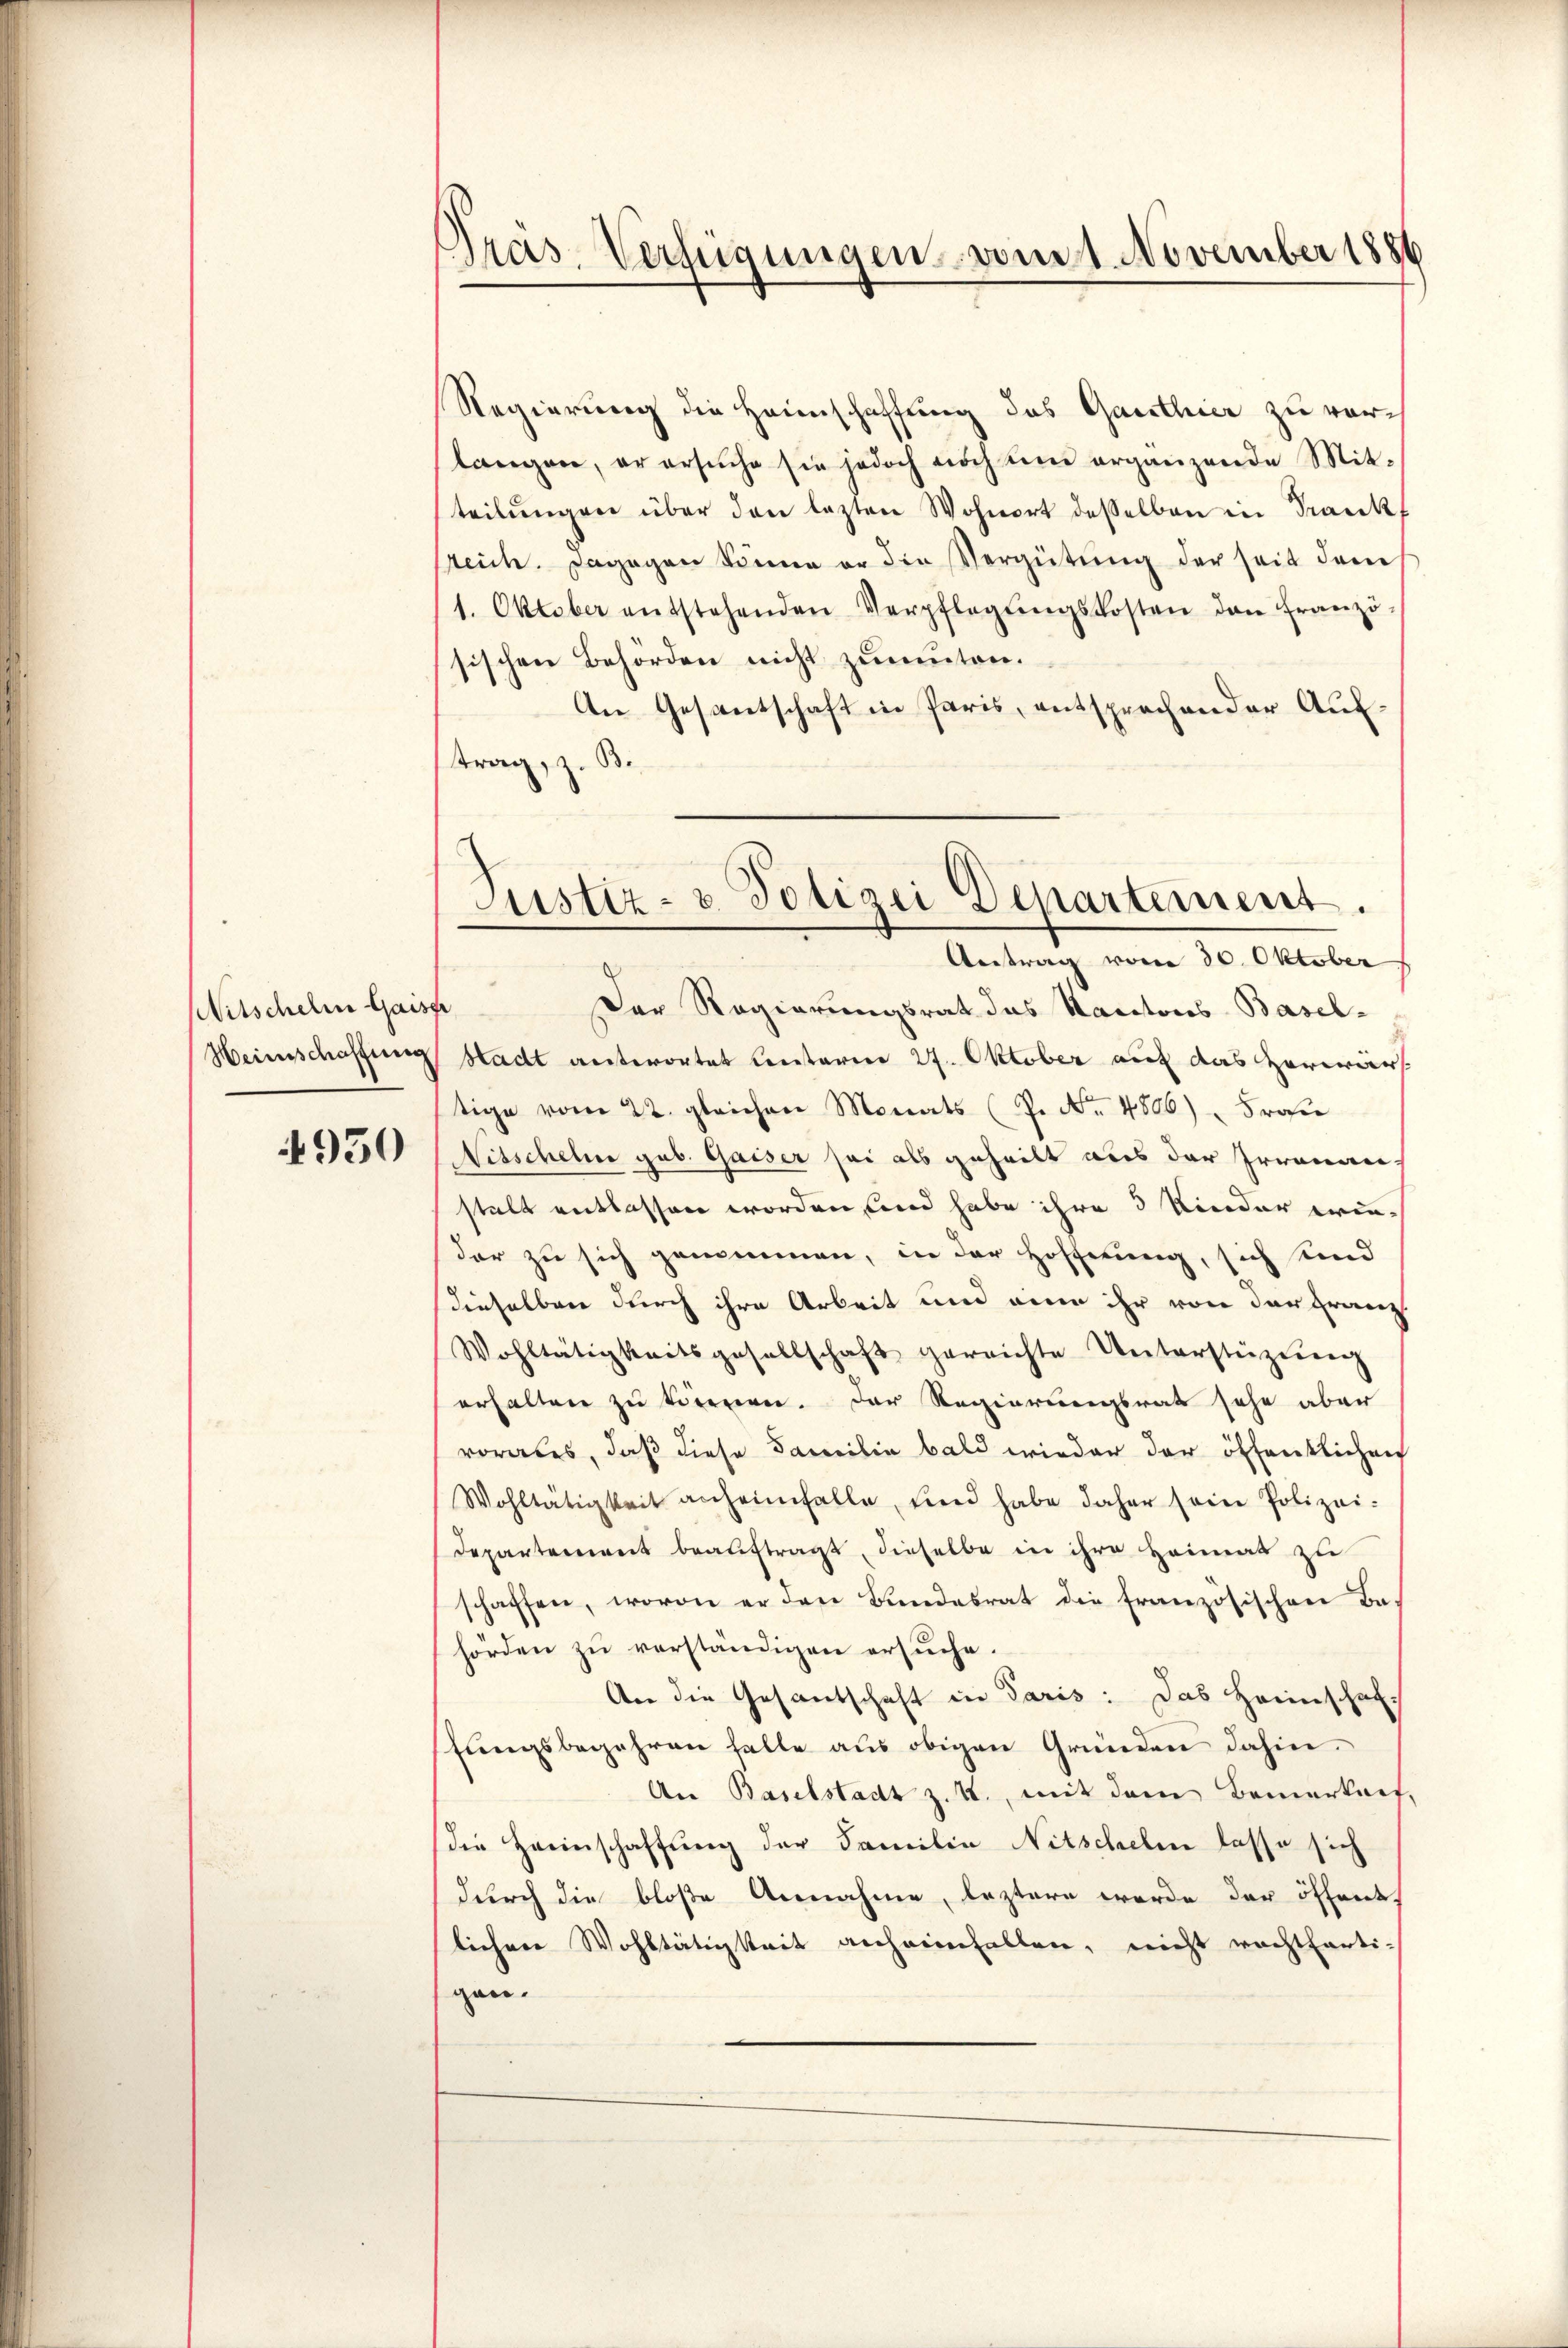
Nitschelm Gaiser
Heinschaffung

4950

Pras-Verfügungen vom 1. November 1886

Regierung die Heimschaffung das Ganthier zu vorlangen, er ersŭche sie jedoch noch ŭm ergänzende Mit-
teilŭngen über den lezten Wohnort desselben in Frankf
sreich. Dagegen könne er die Vergütŭng der seit dem
1. Oktober entstehenden Verpflegŭngskosten den Franzö-
sischen Behörden nicht zumuten.
An Gesantschaft in Paris, entsprachender Auftrag, z. B.
Der Regierungsrat das Kantons Basel-
Stadt antwortet lentaren 27. Oktober auf das herwärt
tige vom 22. gleichen Monats (P. Nr. 4806) " Frau
Nitscheln geb. Gaiser sei als geheilt aus der Irrenan-
stalt entlassen worden, und habe ihre 3 Kinder eindar zu sich genommen, in der Hoffnung, sich sind
dieselben durch ihre Arbeit und aine ihr von der Franz
Wohltätigkeitsgesellschaft gereichte Unterstüzung
erhalten zu töreren. Der Regierungsrath sehe aber
vorabes, daß diese Familie bald wieder der öffentlichen
Wohltätigkeit anheimfalle, und habe daher seine Polizei-
Departement beauftragt, dieselbe in ihre Heimat zu
schaffen, wovon er den Bundesrat die französischen Be-
hörden zu verständigen ersuche.
An die Gesantschaft in Paris: Das Heimschaf-
fungsbegehren halte aus obigen Gründen dahin.
An Baselstadt z. B., mit dem Bemerkeit,
die Haunschaffung der Familia Nitschelen lasse sich
durch die bloße Annahme, leztere wurde der öffent
liehen Wohltätigkeit anheimfallen, nicht rechtferti-
gan.

Justiz- u. Polizei Departement.
Antrag vom 30. Oktober